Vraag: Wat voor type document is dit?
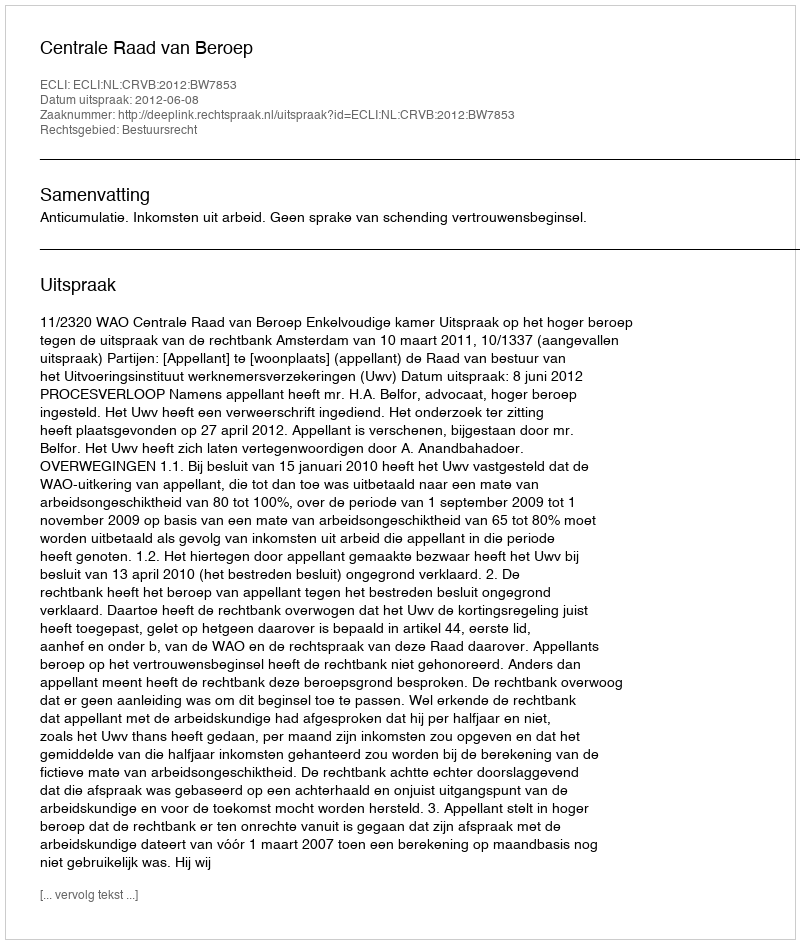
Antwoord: Uitspraak